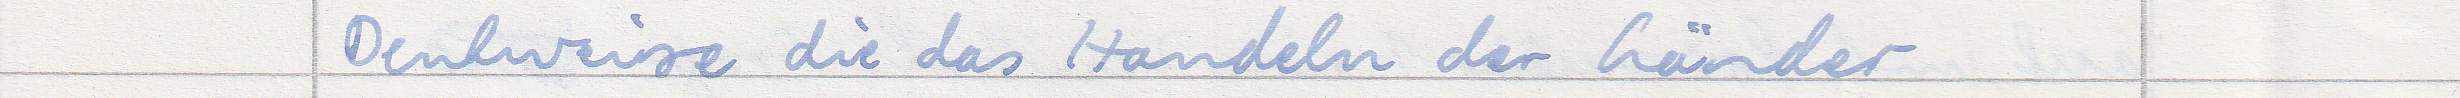
Denkweise die das Handeln der Länder